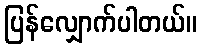
ပြန်လျှောက်ပါတယ်။